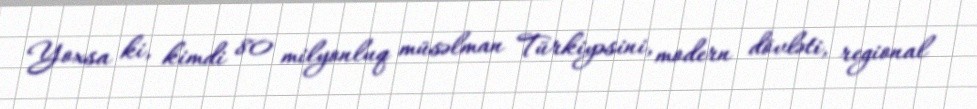
Yoxsa ki, kimdi 80 milyonluq müsəlman Türkiyəsini, modern dövləti, regional